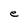
Character: e